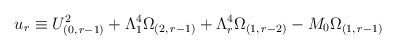
\begin{align*}u_{r} \equiv U_{(0,\,r-1)}^{2}+\Lambda _{1}^{4}\Omega_{(2,\, r-1)}+\Lambda_{r}^{4}\Omega_{(1,\, r-2)}-M_{0} \Omega_{(1,\, r-1)}\end{align*}